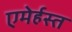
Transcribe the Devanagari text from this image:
एमेर्हस्त